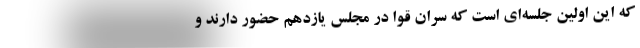
که این اولین جلسه‌ای است که سران قوا در مجلس یازدهم حضور دارند و